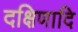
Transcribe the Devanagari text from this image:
दक्षिणादि